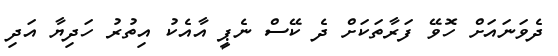
ދެވަނައަށް ހޮވޭ ފަރާތަކަށް ދެ ކޭސް ނެޕީ އާއެކު އިތުރު ހަދިޔާ އަދި